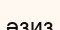
әзиз